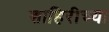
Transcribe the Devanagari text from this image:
शाहिरीच्या